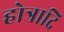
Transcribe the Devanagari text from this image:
होत्रादि